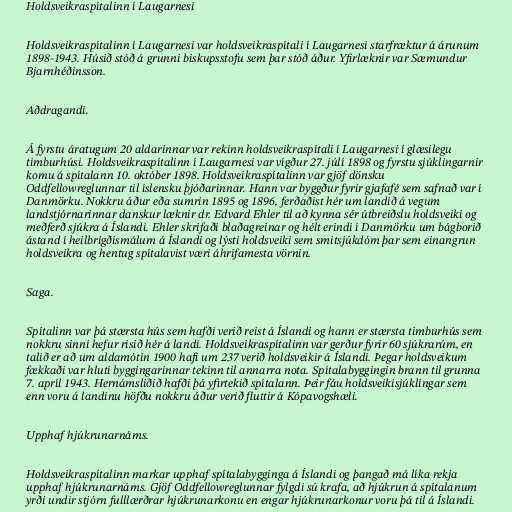
Holdsveikraspítalinn í Laugarnesi

Holdsveikraspítalinn í Laugarnesi var holdsveikraspítali í Laugarnesi starfræktur á árunum
1898-1943. Húsið stóð á grunni biskupsstofu sem þar stóð áður. Yfirlæknir var Sæmundur
Bjarnhéðinsson.

Aðdragandi.

Á fyrstu áratugum 20 aldarinnar var rekinn holdsveikraspítali í Laugarnesi í glæsilegu
timburhúsi. Holdsveikraspítalinn í Laugarnesi var vígður 27. júlí 1898 og fyrstu sjúklingarnir
komu á spítalann 10. október 1898. Holdsveikraspítalinn var gjöf dönsku
Oddfellowreglunnar til íslensku þjóðarinnar. Hann var byggður fyrir gjafafé sem safnað var í
Danmörku. Nokkru áður eða sumrin 1895 og 1896, ferðaðist hér um landið á vegum
landstjórnarinnar danskur læknir dr. Edvard Ehler til að kynna sér útbreiðslu holdsveiki og
meðferð sjúkra á Íslandi. Ehler skrifaði blaðagreinar og hélt erindi í Danmörku um bágborið
ástand í heilbrigðismálum á Íslandi og lýsti holdsveiki sem smitsjúkdóm þar sem einangrun
holdsveikra og hentug spítalavist væri áhrifamesta vörnin.

Saga.

Spítalinn var þá stærsta hús sem hafði verið reist á Íslandi­ og hann er stærsta timburhús sem
nokkru sinni hefur risið hér á landi. Holdsveikraspítalinn var gerður fyrir 60 sjúkrarúm, en
talið er að um aldamótin 1900 hafi um 237 verið holdsveikir á Íslandi. Þegar holdsveikum
fækkaði var hluti byggingarinnar tekinn til annarra nota. Spítalabyggingin brann til grunna
7. apríl 1943. Hernámsliðið hafði þá yfirtekið spítalann. Þeir fáu holdsveikisjúklingar sem
enn voru á landinu höfðu nokkru áður verið fluttir á Kópavogshæli.

Upphaf hjúkrunarnáms.

Holdsveikraspítalinn markar upphaf spítalabygginga á Íslandi og þangað má líka rekja
upphaf hjúkrunarnáms. Gjöf Oddfellowreglunnar fylgdi sú krafa, að hjúkrun á spítalanum
yrði undir stjórn fulllærðrar hjúkrunarkonu en engar hjúkrunarkonur voru þá til á Íslandi.